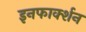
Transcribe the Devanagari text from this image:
इनफार्क्शन